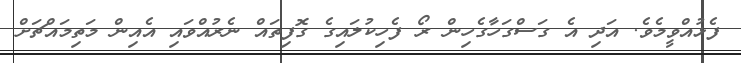
ފެޅުއްވީމެވެ. އަދި އެ ގަސްގަހާގެހިން ރޯ ފެހިކުލައިގެ ގޮފިތައް ނެރުއްވައި އެއިން މަތިމައްޗަށް